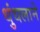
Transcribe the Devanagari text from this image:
धुंधलाने